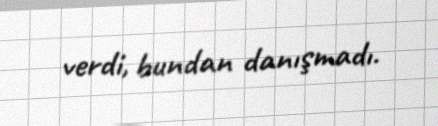
verdi, bundan danışmadı.